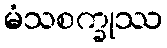
မံသစက္ခုဿ